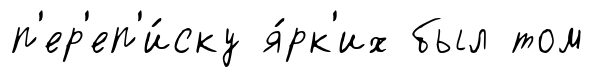
п'ер'еп'и́ску я́рк'их был том